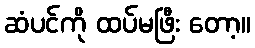
ဆံပင်ကို ထပ်မဖြီး တော့။